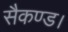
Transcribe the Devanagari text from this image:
सैकण्ड।